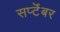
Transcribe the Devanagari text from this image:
सप्टॆंबर